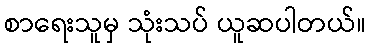
စာရေးသူမှ သုံးသပ် ယူဆပါတယ်။